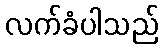
လက်ခံပါသည်